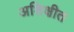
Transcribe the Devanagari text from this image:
अशिक्षीत